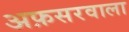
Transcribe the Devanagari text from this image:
अफ़सरवाला